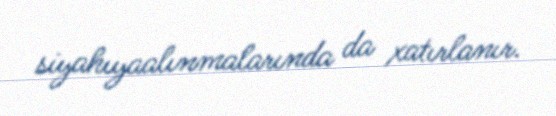
siyahıyaalınmalarında da xatırlanır.